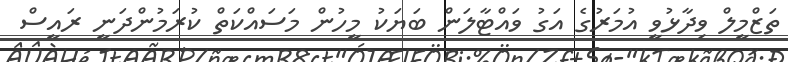
ތަޒްމީލް ވިދާޅުވީ އުމަރުގެ އަގު ވައްޓާލަން ބަޔަކު މީހުން މަސައްކަތް ކުރަމުންދަނީ ރައީސް